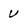
Character: v